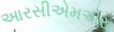
આરસીએમએસ